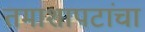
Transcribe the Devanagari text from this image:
तमाशापटांचा